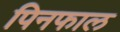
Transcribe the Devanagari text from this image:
पिनफाल